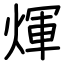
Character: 煇